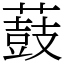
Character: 薣